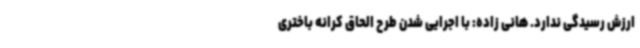
ارزش رسیدگی ندارد. هانی زاده: با اجرایی شدن طرح الحاق کرانه باختری